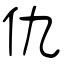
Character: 仇